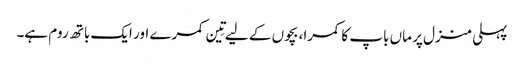
پہلی منزل پر ماں باپ کا کمرا، بچوں کے لیے تِین کمرے اور ایک باتھ روم ہے۔